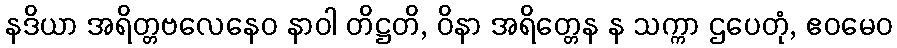
နဒိယာ အရိတ္တဗလေနေဝ နာဝါ တိဋ္ဌတိ, ဝိနာ အရိတ္တေန န သက္ကာ ဌပေတုံ, ဧဝမေဝ